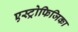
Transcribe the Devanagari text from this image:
एस्ट्रोफिजिका